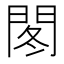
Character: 𫔠